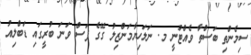
ސިމެންތި ބަސްތާ ވެއްޓުނީ މ. ނަލަހިޔާމަންޒިލު ގޭގެ ފަސް ވަނަ ބުރީގައި ޑަބްލިއު